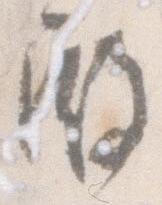
殿